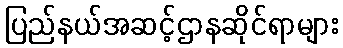
ပြည်နယ်အဆင့်ဌာနဆိုင်ရာများ